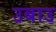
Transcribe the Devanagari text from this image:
उबाउ